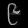
Digit: ၉